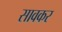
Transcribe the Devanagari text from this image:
सावकर